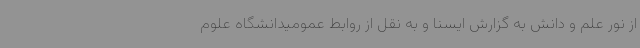
از نور علم و دانش به گزارش ایسنا و به نقل از روابط عمومیدانشگاه علوم